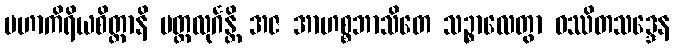
မဟာကိရိယစိတ္တာနိ မတ္ထလုင်္ဂန္တိ အဇ အာဟစ္စဘာသိတေ သဉ္စာလေတွာ ဝဿိတသဒ္ဒေန